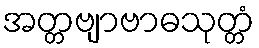
အတ္တဗျာဗာဓသုတ္တံ